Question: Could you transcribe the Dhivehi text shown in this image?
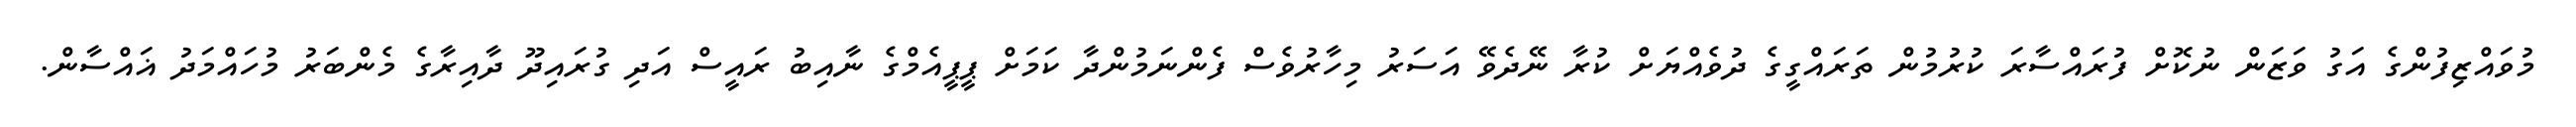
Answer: މުވައްޒިފުންގެ އަގު ވަޒަން ނުކޮށް ފުރައްސާރަ ކުރުމުން ތަރައްގީގެ ދުވެއްޔަށް ކުރާ ނޭދެވޭ އަސަރު މިހާރުވެސް ފެންނަމުންދާ ކަމަށް ޕީޕީއެމްގެ ނާއިބު ރައީސް އަދި ގުރައިދޫ ދާއިރާގެ މެންބަރު މުހައްމަދު ޣައްސާން.